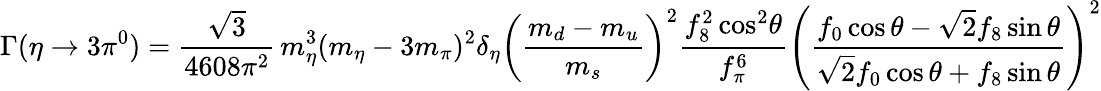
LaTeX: \Gamma(\eta\to 3\pi^{0})=\frac{\sqrt{3}}{4608\pi^{2}}\, m_{\eta}^{3}(m_{\eta}-3m_{\pi})^{2}\delta_{\eta}\left(\frac{m_{d}-m_{u}}{m_{s}}\right)^{2}\frac{f_{8}^{2}\cos^{2}\! \theta}{f_{\pi}^{6}}\left(\frac{f_{0}\cos\theta-\sqrt{2}f_{8}\sin\theta}{\sqrt{2}f_{0}\cos\theta+f_{8}\sin\theta}\right)^{2}